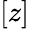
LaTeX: [z]